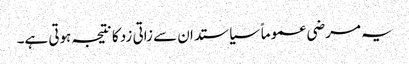
یہ مرضی عموماً سیاستدان سے زاتی زد کا نتیجہ ہوتی ہے۔